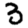
Digit: 3